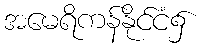
အမေရိကန်နိုင်ငံ၌